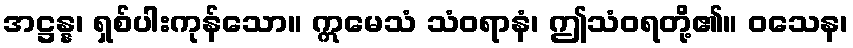
အဋ္ဌန္န၊ ရှစ်ပါးကုန်သော။ ဣမေသံ သံဝရာနံ၊ ဤသံဝရတို့၏။ ဝသေန၊